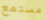
مستمع